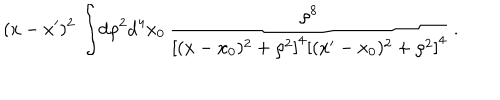
( x - x ^ { \prime } ) ^ { 2 } \, \int \! \mathrm { d } \rho ^ { 2 } \mathrm { d } ^ { 4 } x _ { 0 } \, \frac { \rho ^ { 8 } } { \left[ ( x - x _ { 0 } ) ^ { 2 } + \rho ^ { 2 } \right] ^ { 4 } \left[ ( x ^ { \prime } - x _ { 0 } ) ^ { 2 } + \rho ^ { 2 } \right] ^ { 4 } } \, .